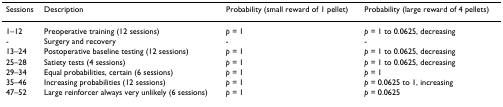
<table><thead><tr><td><b>Sessions</b></td><td><b>Description</b></td><td><b>Probability (small reward of 1 pellet)</b></td><td><b>Probability (large reward of 4 pellets)</b></td></tr></thead><tbody><tr><td>1–12</td><td>Preoperative training (12 sessions)</td><td><i>p </i>= 1</td><td><i>p </i>= 1 to 0.0625, decreasing</td></tr><tr><td>-</td><td>Surgery and recovery</td><td>-</td><td>-</td></tr><tr><td>13–24</td><td>Postoperative baseline testing (12 sessions)</td><td><i>p </i>= 1</td><td><i>p </i>= 1 to 0.0625, decreasing</td></tr><tr><td>25–28</td><td>Satiety tests (4 sessions)</td><td><i>p </i>= 1</td><td><i>p </i>= 1 to 0.0625, decreasing</td></tr><tr><td>29–34</td><td>Equal probabilities, certain (6 sessions)</td><td><i>p </i>= 1</td><td><i>p </i>= 1</td></tr><tr><td>35–46</td><td>Increasing probabilities (12 sessions)</td><td><i>p </i>= 1</td><td><i>p </i>= 0.0625 to 1, increasing</td></tr><tr><td>47–52</td><td>Large reinforcer always very unlikely (6 sessions)</td><td><i>p </i>= 1</td><td><i>p </i>= 0.0625</td></tr></tbody></table>